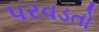
પરવડતો